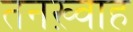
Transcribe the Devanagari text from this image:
तनख़्वाह